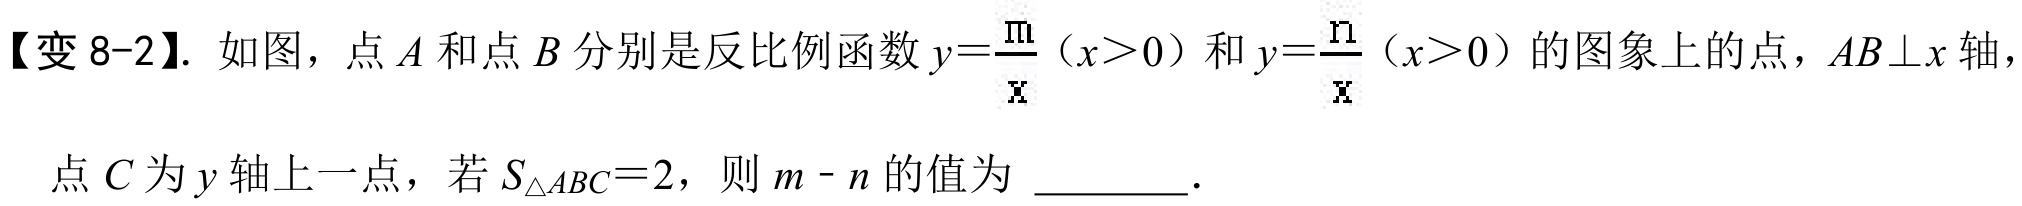
【变8-2】. 如图，点\(A\)和点\(B\)分别是反比例函数\(y = \dfrac{m}{x}(x>0)\)和\(y=\dfrac{n}{x}(x > 0)\)的图象上的点，\(AB\perp x\)轴，
点\(C\)为\(y\)轴上一点，若\(S_{\triangle ABC}=2\)，则\(m - n\)的值为  ．